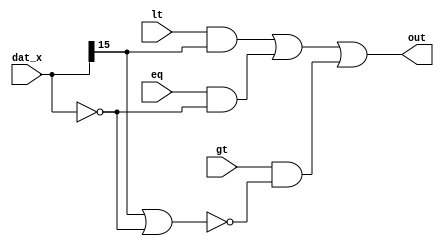
module condition (
    input               lt,
    input               eq,
    input               gt,
    input signed [15:0] dat_x,
    output              out 
);
    wire less_than_zero = dat_x[15];
    wire equal_to_zero = dat_x == 0;
    wire greater_than_zero = !(less_than_zero || equal_to_zero);
    assign out = (lt & less_than_zero)
                |(eq & equal_to_zero)
                |(gt & greater_than_zero); 
endmodule